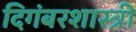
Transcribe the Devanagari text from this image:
दिगंबरशास्त्री